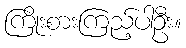
ကြိုးစားကြည့်ပါဦး။